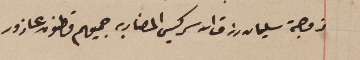
زوجة سليمان رزق الله سركيس المضاربه جميعهم قاطنون عازور